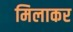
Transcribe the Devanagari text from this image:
मिलाकर